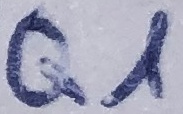
Text: Q1